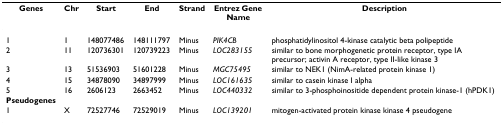
<table><thead><tr><td><b>Genes</b></td><td><b>Chr</b></td><td><b>Start</b></td><td><b>End</b></td><td><b>Strand</b></td><td><b>Entrez Gene Name</b></td><td><b>Description</b></td></tr></thead><tbody><tr><td>1</td><td>1</td><td>148077486</td><td>148111797</td><td>Minus</td><td><i>PIK4CB</i></td><td>phosphatidylinositol 4-kinase catalytic beta polipeptide</td></tr><tr><td>2</td><td>11</td><td>120736301</td><td>120739223</td><td>Minus</td><td><i>LOC283155</i></td><td>similar to bone morphogenetic protein receptor, type IA precursor; activin A receptor, type II-like kinase 3</td></tr><tr><td>3</td><td>13</td><td>51536903</td><td>51601228</td><td>Minus</td><td><i>MGC75495</i></td><td>similar to NEK1 (NimA-related protein kinase 1)</td></tr><tr><td>4</td><td>15</td><td>34878090</td><td>34897999</td><td>Minus</td><td><i>LOC161635</i></td><td>similar to casein kinase I alpha</td></tr><tr><td>5</td><td>16</td><td>2606123</td><td>2663452</td><td>Minus</td><td><i>LOC440332</i></td><td>similar to 3-phosphoinositide dependent protein kinase-1 (hPDK1)</td></tr><tr><td><b>Pseudogenes</b></td><td></td><td></td><td></td><td></td><td></td><td></td></tr><tr><td>1</td><td>X</td><td>72527746</td><td>72529019</td><td>Minus</td><td><i>LOC139201</i></td><td>mitogen-activated protein kinase kinase 4 pseudogene</td></tr></tbody></table>